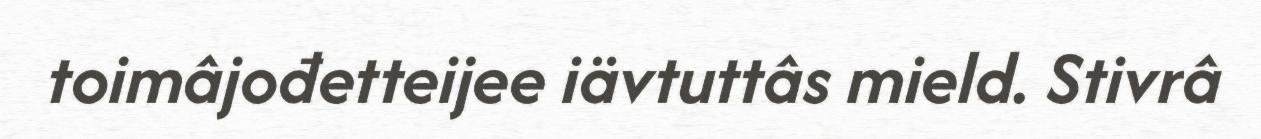
toimâjođetteijee iävtuttâs mield. Stivrâ